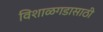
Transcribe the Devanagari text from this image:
विशाळगडासाठी